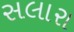
સલારા